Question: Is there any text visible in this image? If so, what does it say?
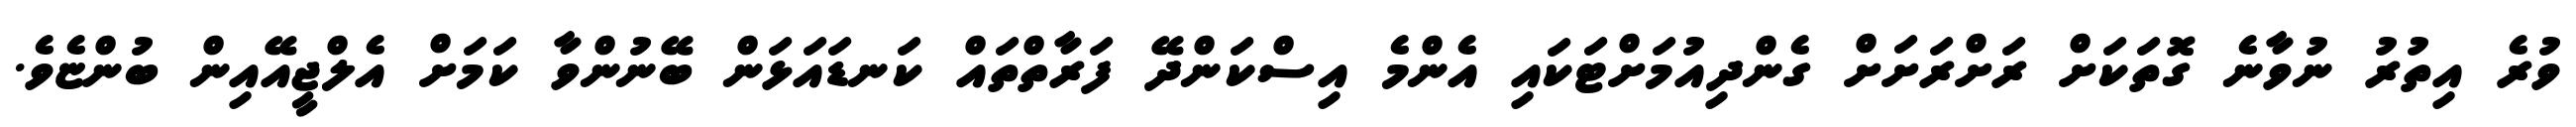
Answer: ވުރެ އިތުރު ނުވާނެ ގޮތަކަށް ރަށްރަށަށް ގެންދިއުމަށްޓަކައި އެންމެ އިސްކަންދޭ ފަރާތްތައް ކަނޑައަޅަން ބޭނުންވާ ކަމަށް އެލްޖީއޭއިން ބުންޏެވެ.